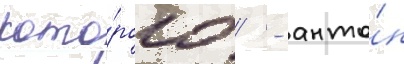
кото́рого / - анто́н